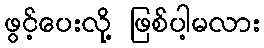
ဖွင့်ပေးလို့ ဖြစ်ပါ့မလား